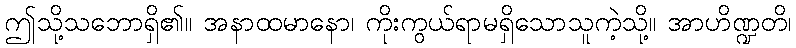
ဤသို့သဘောရှိ၏။ အနာထမာနော၊ ကိုးကွယ်ရာမရှိသောသူကဲ့သို့။ အာဟိဏ္ဍတိ၊